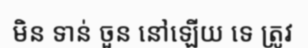
មិន ទាន់ ចួន នៅឡើយ ទេ ត្រូវ